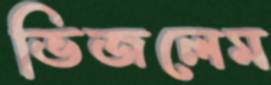
ভিজলেম